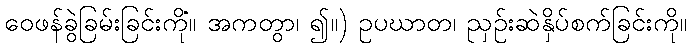
ဝေဖန်ခွဲခြမ်းခြင်းကို။ အကတွာ၊ ၍။) ဥပဃာတံ၊ ညှဉ်းဆဲနှိပ်စက်ခြင်းကို။